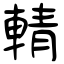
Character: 輤